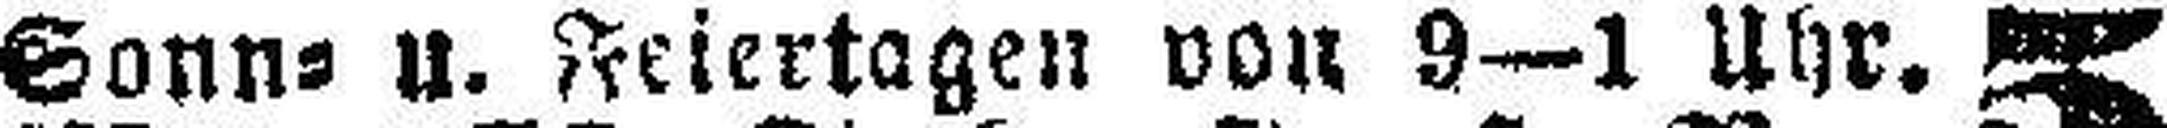
Sonn= U. Feiertagen von 9—1 Uhr.